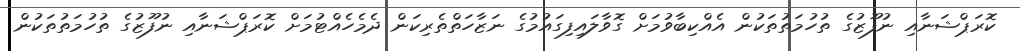
ކޮރަޕްޝަނާއި ނުފޫޒުގެ ތުހުމަތުތަކުން އެއްކިބާވުމަށް ގޮވާލައިފިގައުމުގެ ނަޒާހަތްތެރިކަން ދެމެހެއްޓުމަށް ކޮރަޕްޝަނާއި ނުފޫޒުގެ ތުހުމަތުތަކުން